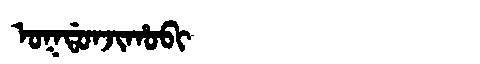
Manchu: ᠣᡴᡩᠣᠨᠵᡳᡥᠣᠪᡳ
Romanization: OKDONJIHOBI